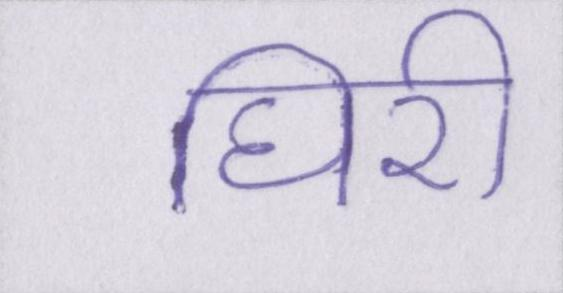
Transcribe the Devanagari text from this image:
घिरी